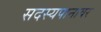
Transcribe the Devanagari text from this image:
सदस्यपानावर